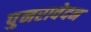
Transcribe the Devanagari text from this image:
पुनरावेदन